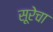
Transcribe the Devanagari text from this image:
सूरेचा